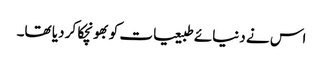
اس نے دنیائے طبیعیات کو بھونچکا کر دیا تھا۔